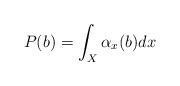
\begin{align*} P(b) = \int_X \alpha_x(b) dx\end{align*}